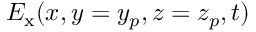
E _ { \mathrm { x } } ( x , y = y _ { p } , z = z _ { p } , t )